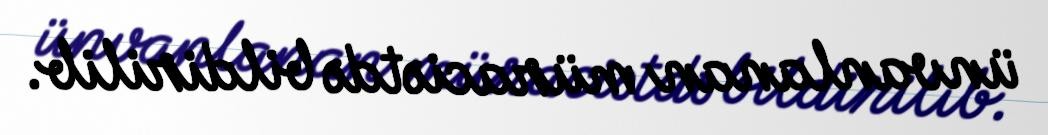
ünvanlanan müraciətdə bildirilib.